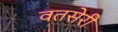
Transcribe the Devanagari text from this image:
वतसेरी